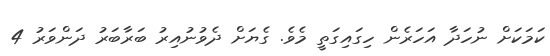
ކަމަކަށް ނުހަދާ އަހަރެން ހިގައިގަތީ މެވެ. ގެޔަށް ދެވުނުއިރު ބަރާބަރު ދަންވަރު 4